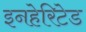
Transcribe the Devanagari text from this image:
इनहेरिटेड